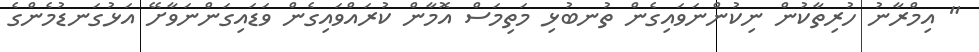
" އިމްރާނު ހުރިތާކުން ނިކުންނަވައިގެން ތުނބުޅި މަތިމަސް އޮމާން ކުރައްވައިގެން ވަޑައިގަންނަވާށޭ އަޅުގަނޑުމެންގެ